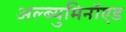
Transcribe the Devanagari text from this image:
अल्ब्युमिनॉएड